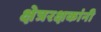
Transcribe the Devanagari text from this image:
क्षेत्ररक्षकांनी